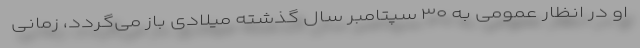
او در انظار عمومی به ۳۰ سپتامبر سال گذشته میلادی باز می‌گردد، زمانی